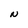
Character: N